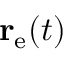
\mathbf { r } _ { \mathrm { e } } ( t )